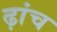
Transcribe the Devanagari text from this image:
ढ़ांच